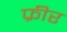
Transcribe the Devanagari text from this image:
फ्रीर